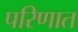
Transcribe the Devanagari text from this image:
परिणात